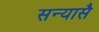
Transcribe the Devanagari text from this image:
सन्यासै